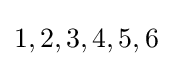
1,2,3,4,5,6